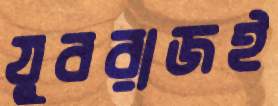
যুবরাজই